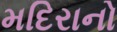
મદિરાનો